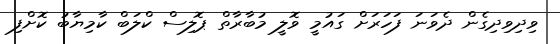
ވިދިވިދިގެން ދެވަނަ ފަހަރަށް ގައުމީ ވޮލީ މުބާރާތް ޕޮލިސް ކްލަބް ކާމިޔާބު ކޮށްފި